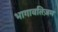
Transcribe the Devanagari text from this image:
भागावतिज़म